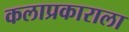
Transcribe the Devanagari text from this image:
कलाप्रकाराला